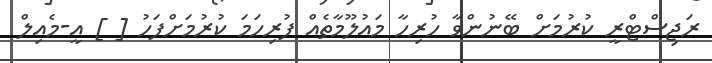
ރަޖިސްޓްރީ ކުރުމަށް ބޭނުންވާ ހުރިހާ މައުލޫމާތެއް ފުރިހަމަ ކުރުމަށްފަހު [ ] އީ-މެއިލް